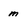
Character: m